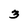
Character: 3